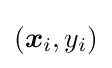
({\boldsymbol {x}}_{i},y_{i})